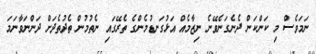
ނަމަވެސް މި ކަންކަން ދެނެގަނެވޭނެ ނިޒާމެއް އަޅުގަނޑުމެންގެ ތެރޭގައި ނެތުމުން ތެދުތެދަށް ދަންނަވާނަމަ